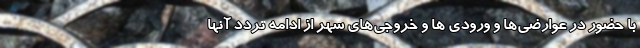
با حضور در عوارضی‌ها و ورودی ها و خروجی‌های شهر از ادامه تردد آنها